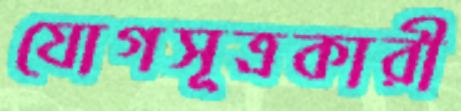
যোগসূত্রকারী